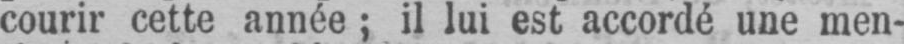
courir cette année; il lui est accordéune men-